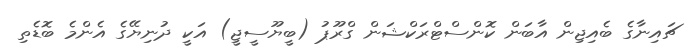
ޗައިނާގެ ބެއިޖިން އާބަން ކޮންސްޓްރަކްޝަން ގްރޫޕު (ބީޔޫސީޖީ) އަކީ ދުނިޔޭގެ އެންމެ ބޮޑެތި